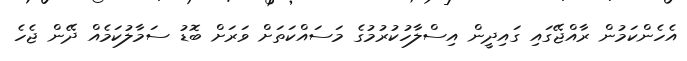
އެހެންކަމުން ރާއްޖޭގައި ގައިދީން އިސްލާހުކުރުމުގެ މަސައްކަތަށް ވަރަށް ބޮޑު ސަމާލުކަމެއް ދޭން ޖެހެ